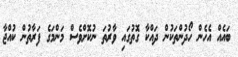
ބައެއް އެހެން ހޯދުންތަކުން ދައްކާ ގޮތުގައި ވާރުތަ ނުކޮށްވެސް މަންމަގެ ފަރާތުން ކުއްޖާ